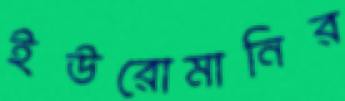
ইউরোমানির